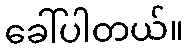
ခေါ်ပါတယ်။